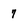
Character: 7